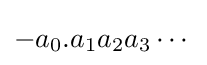
-a_{0}.a_{1}a_{2}a_{3}\cdots